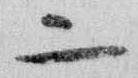
二